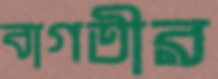
বাগতীর